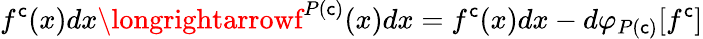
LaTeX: f^{\mathsf{c}}(x)dx\longrightarrowf^{P(\mathsf{c})}(x)dx=f^{\mathsf{c}}(x)dx-d\varphi_{P(\mathsf{c})}[f^{\mathsf{c}}]